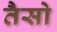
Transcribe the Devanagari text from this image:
तैसो